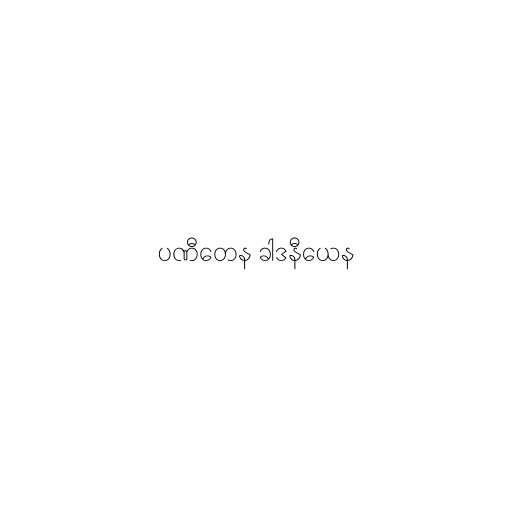
ပဏီတေန ခါဒနီယေန